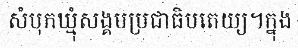
សំបុកឃ្មុំសង្គមប្រជាធិបតេយ្យ។ក្នុង